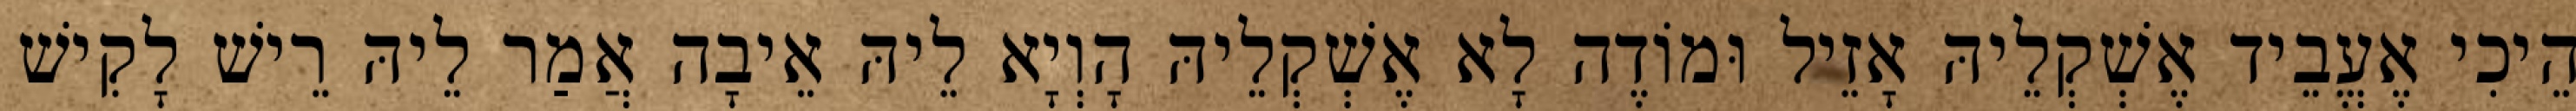
הֵיכִי אֶעֱבֵיד אֶשְׁקְלֵיהּ אָזֵיל וּמוֹדֶה לָא אֶשְׁקְלֵיהּ הָוְיָא לֵיהּ אֵיבָה אֲמַר לֵיהּ רֵישׁ לָקִישׁ